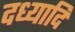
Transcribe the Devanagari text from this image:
दध्यादि